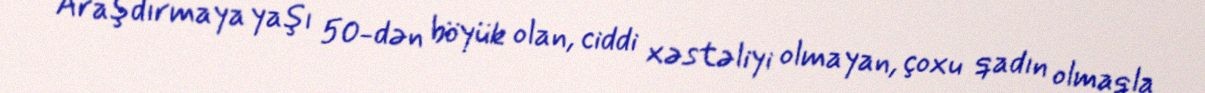
Araşdırmaya yaşı 50-dən böyük olan, ciddi xəstəliyi olmayan, çoxu qadın olmaqla